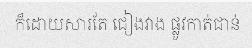
ក៏ដោយសារតែ ជៀងវាង ផ្លូវកាត់ជាន់